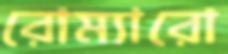
রোম্যারো